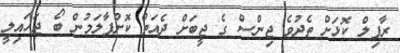
ރާފިލް ކޮޅަށް ތެދުވެ ޖިންސް ގެ ޖީބަށް ދެއަތް ކޮށްޕާލަމުން ބޯ ޖަހައިލީ